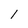
Character: 1